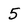
Character: 5